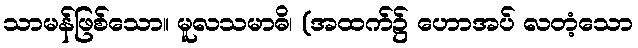
သာမန်ဖြစ်သော။ မူလသမာဓိ၊ (အထက်၌ ဟောအပ် လတံ့သော